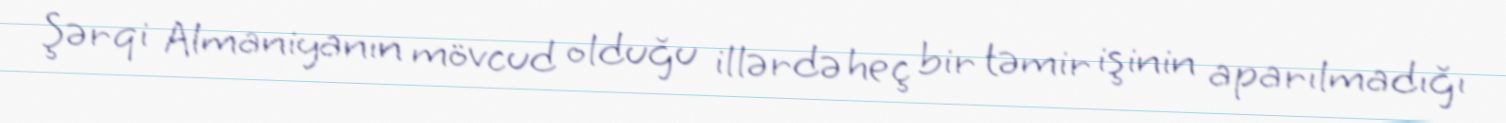
Şərqi Almaniyanın mövcud olduğu illərdə heç bir təmir işinin aparılmadığı